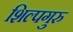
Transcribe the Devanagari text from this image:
शिल्पगुरु